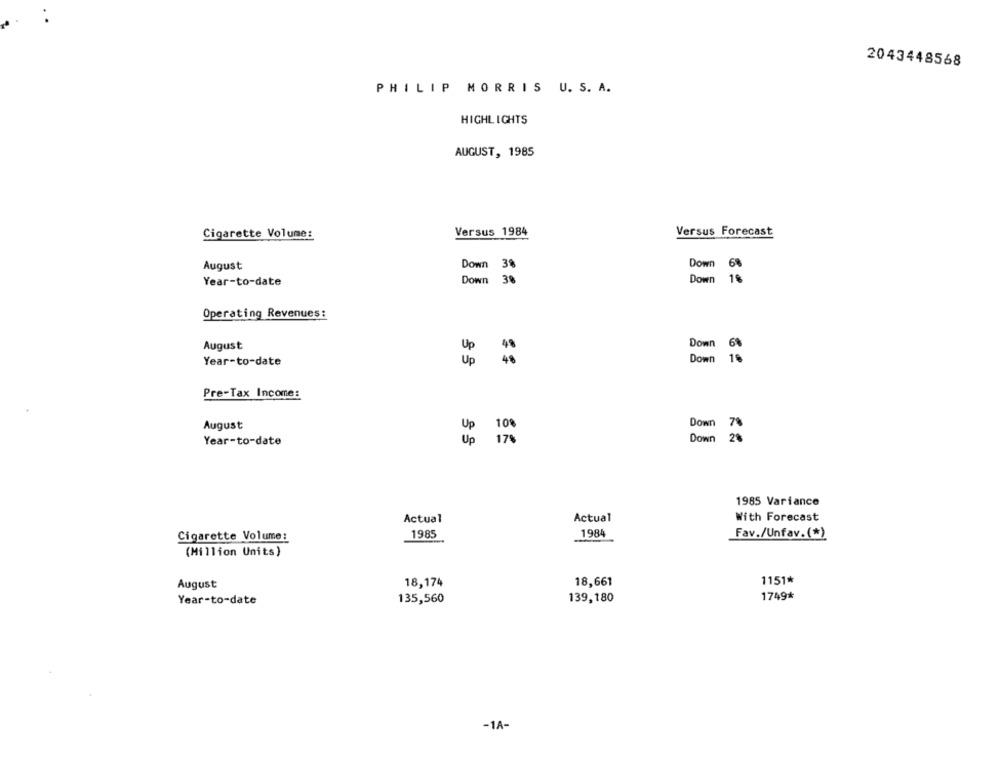
2043448568
PHILIP MORRIS U. S. A.
HIGHLIGHTS
AUGUST, 1985
Cigarette Volume:
Versus 1984
Versus Forecast
August
Down 3%
Down 68
Year-to-date
Down 3%
Operating Revenues:
August
Down
Down 1%
Year-to-date
Up 4%
Up
Pre-Tax Income:
August
Up
Down
Year-to-date
Up
17%
Down 2%
1985 Variance
Actual
With Forecast
Actual
1985
1984
Cigarette Volume:
Fav./Unfav.(*)
(Million Units)
1151*
August
18,174
18,661
1749*
Year-to-date
135,560
139,180
-1A-